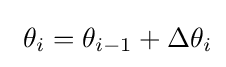
\textstyle \ \theta _{i}=\theta _{i-1}+\Delta \theta _{i}